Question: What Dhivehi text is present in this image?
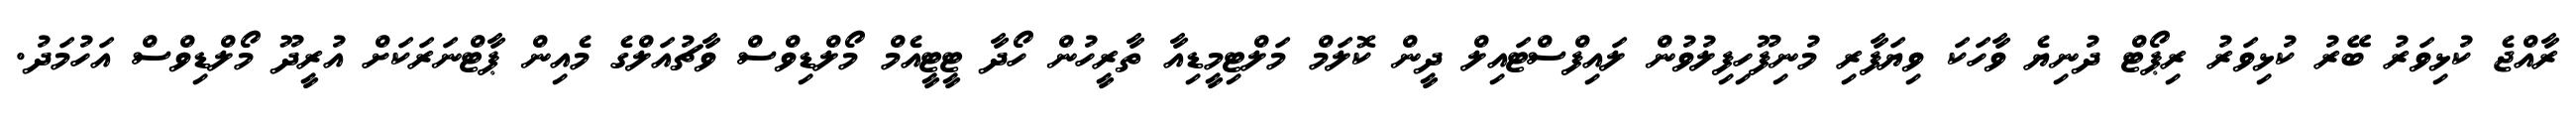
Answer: ރާއްޖެ ކުޅިވަރު ބޭރު ކުޅިވަރު ރިޕޯޓް ދުނިޔެ ވާހަކަ ވިޔަފާރި މުނިފޫހިފިލުވުން ލައިފްސްޓައިލް ދީން ކޮލަމް މަލްޓިމީޑިއާ ތާރީހުން ހޯދާ ޓީޓީއެމް މޯލްޑިވްސް ވާޗުއަލްގެ މެއިން ޕާޓްނަރަކަށް އުރީދޫ މޯލްޑިވްސް އަހުމަދު.